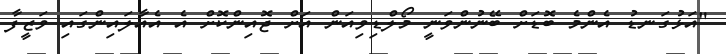
"އަޅުގަނޑު އެންމެ ބޮޑަށް ބޭނުންވަނީ މޯލްޑިވިއަން އަށް ޖޮއިންކޮށް އެ އެއާލައިންގައި ވަޒީފާ